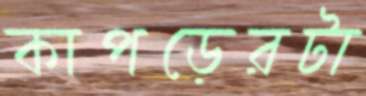
কাপড়েরটা